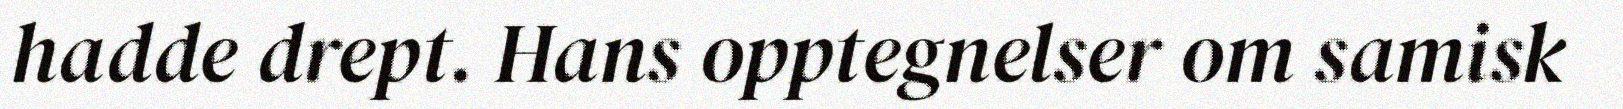
hadde drept. Hans opptegnelser om samisk